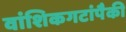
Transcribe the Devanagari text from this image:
वांशिकगटांपैकी